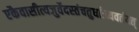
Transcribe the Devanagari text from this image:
एकैवासीत्यजुर्वेदस्तंचतुर्धाःव्यवर्तयत्